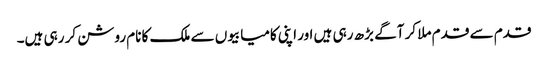
قدم سے قدم ملا کر آگے بڑھ رہی ہیں اور اپنی کامیابیوں سے ملک کا نام روشن کر رہی ہیں۔